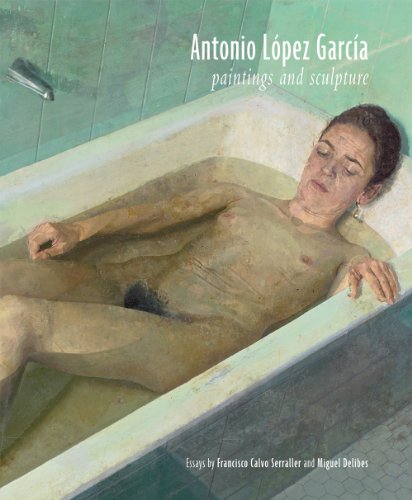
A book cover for Antonio LÃ³pez GarcÃ­a: Paintings and Sculpture; Francisco Calvo Serraller; Arts & Photography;